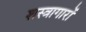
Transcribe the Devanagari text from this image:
शस्त्रागारों